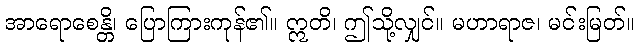
အာရောစေန္တိ၊ ပြောကြားကုန်၏။ ဣတိ၊ ဤသို့လျှင်။ မဟာရာဇ၊ မင်းမြတ်။